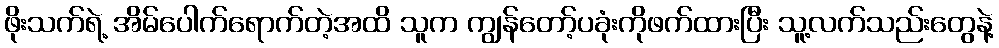
ဖိုးသက်ရဲ့ အိမ်ပေါက်ရောက်တဲ့အထိ သူက ကျွန်တော့်ပခုံးကိုဖက်ထားပြီး သူ့လက်သည်းတွေနဲ့